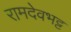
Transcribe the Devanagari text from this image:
रामदेवभट्ट